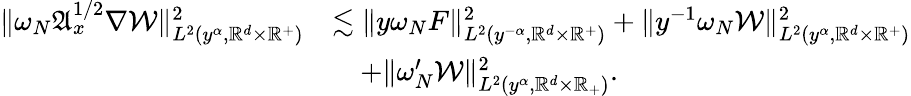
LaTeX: \begin{array}{rl}{\| \omega_{N}\mathfrak{A}_{x}^{1/2}\nabla\mathcal{W}\| _{L^{2}(y^{\alpha},\mathbb{R}^{d}\times\mathbb{R}^{+})}^{2}}&{\lesssim\| y\omega_{N}F\| _{L^{2}(y^{-\alpha},\mathbb{R}^{d}\times\mathbb{R}^{+})}^{2}+\| y^{-1}\omega_{N}\mathcal{W}\| _{L^{2}(y^{\alpha},\mathbb{R}^{d}\times\mathbb{R}^{+})}^{2}}\\ &{\quad+\| \omega_{N}^{\prime}\mathcal{W}\| _{L^{2}(y^{\alpha},\mathbb{R}^{d}\times\mathbb{R}_{+})}^{2}.}\end{array}